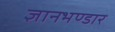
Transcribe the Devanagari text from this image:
ज्ञानभण्डार